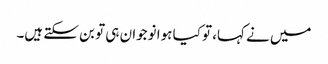
میں نے کہا، تو کیا ہوا نوجوان ہی تو بن سکتے ہیں۔